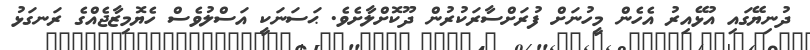
ދުނިޔޭގައި އުޅޭއިރު އެހެން މީހުނަށް ފުރަށްސާރަކުރުން ދޫކޮށްލާށެވެ. ޙަސަނަކީ އަސްލުވެސް ހެޔޮމިޒާޖެއްގެ ރަނގަޅު